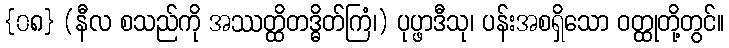
{၀၈} (နီလ စသည်ကို အဿတ္ထိတဒ္ဓိတ်ကြံ၊) ပုပ္ဖာဒီသု၊ ပန်းအစရှိသော ဝတ္ထုတို့တွင်။